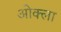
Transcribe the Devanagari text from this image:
ओक्ला